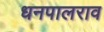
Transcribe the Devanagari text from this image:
धनपालराव